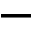
-